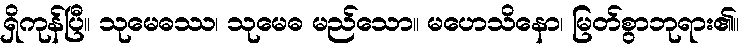
ရှိကုန်ပြီ။ သုမေဓဿ၊ သုမေဓ မည်သော။ မဟေသိနော၊ မြတ်စွာဘုရား၏။